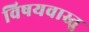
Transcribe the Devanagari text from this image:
विषयवास्तु